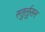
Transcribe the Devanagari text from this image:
स्तुर्लुसन